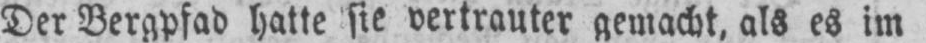
Der Bergpfad hatte sie vertrauter gemacht, als es im